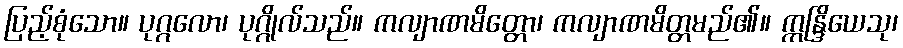
ပြည့်စုံသော။ ပုဂ္ဂလော၊ ပုဂ္ဂိုလ်သည်။ ကလျာဏမိတ္တော၊ ကလျာဏမိတ္တမည်၏။ ဣန္ဒြိယေသု၊